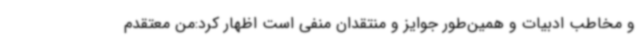
و مخاطب ادبیات و همین‌طور جوایز و منتقدان منفی است اظهار کرد:من معتقدم